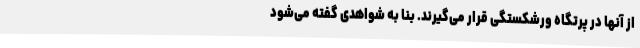
از آنها در پرتگاه ورشکستگی قرار می‌گیرند. بنا به شواهدی گفته می‌شود